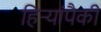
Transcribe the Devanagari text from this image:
हिर्‍यांपैकी